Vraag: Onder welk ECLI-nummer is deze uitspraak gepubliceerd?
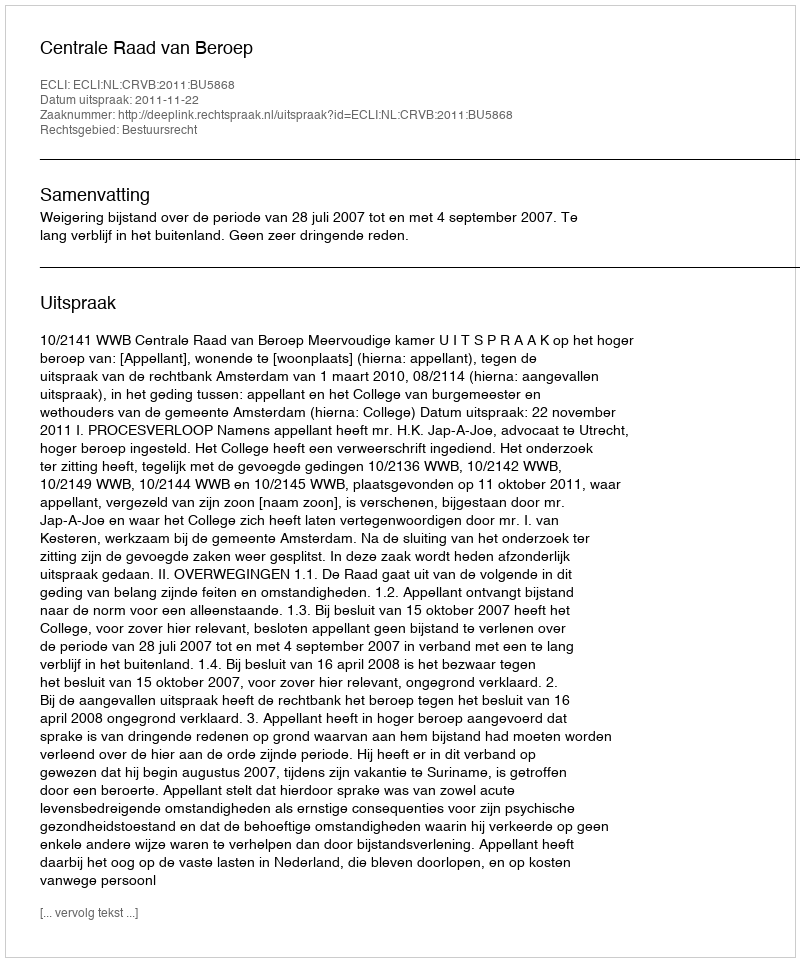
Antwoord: ECLI:NL:CRVB:2011:BU5868